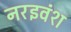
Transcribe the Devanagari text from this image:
नरइवंश